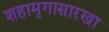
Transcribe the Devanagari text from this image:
शहामृगासारखा